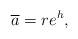
LaTeX: \begin{align*}\overline{a} = r e^{h},\end{align*}